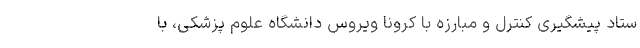
ستاد پیشگیری کنترل و مبارزه با کرونا ویروس دانشگاه علوم پزشکی، با